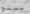
يمنح